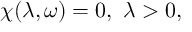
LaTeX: \chi ( \lambda , \omega ) = 0 , ~ \lambda > 0 ,